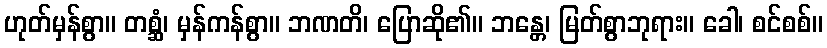
ဟုတ်မှန်စွာ။ တစ္ဆံ၊ မှန်ကန်စွာ။ ဘဏတိ၊ ပြောဆို၏။ ဘန္တေ၊ မြတ်စွာဘုရား။ ခေါ၊ စင်စစ်။